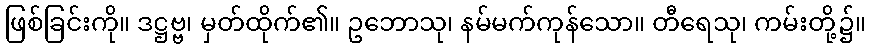
ဖြစ်ခြင်းကို။ ဒဋ္ဌဗ္ဗ၊ မှတ်ထိုက်၏။ ဥဘောသု၊ နမ်မက်ကုန်သော။ တီရေသု၊ ကမ်းတို့၌။